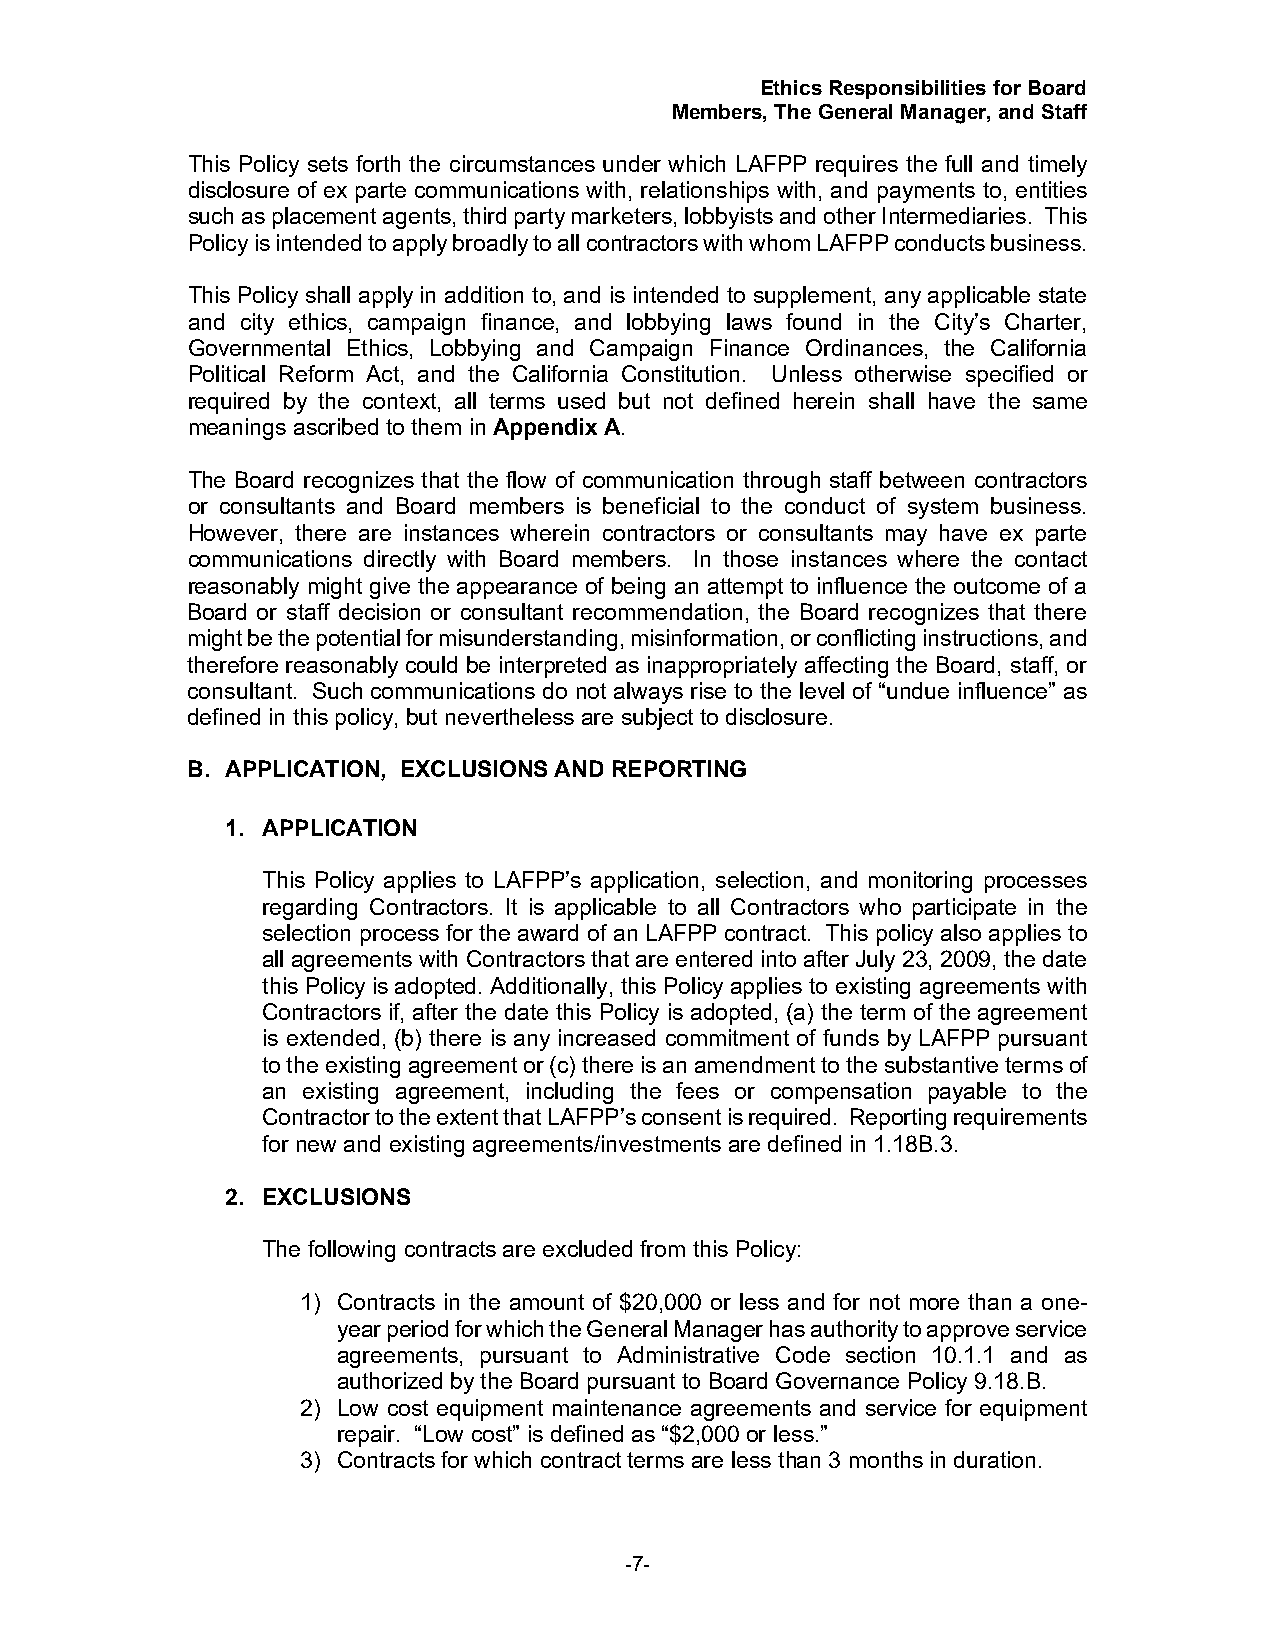
Ethics Responsibilities for Board
 Members, The General Manager, and Staff
 This Policy sets forth the circumstances under which LAFPP requires the full and timely
 disclosure of ex parte communications with, relationships with, and payments to, entities
 such as placement agents, third party marketers, lobbyists and other Intermediaries. This
 Policy is intended to apply broadly to all contractors with whom LAFPP conducts business.
 This Policy shall apply in addition to, and is intended to supplement, any applicable state
 and city ethics, campaign finance, and lobbying laws found in the City’s Charter,
 Governmental Ethics, Lobbying and Campaign Finance Ordinances, the California
 Political Reform Act, and the California Constitution. Unless otherwise specified or
 required by the context, all terms used but not defined herein shall have the same
 meanings ascribed to them in Appendix A.
 The Board recognizes that the flow of communication through staff between contractors
 or consultants and Board members is beneficial to the conduct of system business.
 However, there are instances wherein contractors or consultants may have ex parte
 communications directly with Board members. In those instances where the contact
 reasonably might give the appearance of being an attempt to influence the outcome of a
 Board or staff decision or consultant recommendation, the Board recognizes that there
 might be the potential for misunderstanding, misinformation, or conflicting instructions, and
 therefore reasonably could be interpreted as inappropriately affecting the Board, staff, or
 consultant. Such communications do not always rise to the level of “undue influence” as
 defined in this policy, but nevertheless are subject to disclosure.
 B. APPLICATION, EXCLUSIONS AND REPORTING
 1. APPLICATION
 This Policy applies to LAFPP’s application, selection, and monitoring processes
 regarding Contractors. It is applicable to all Contractors who participate in the
 selection process for the award of an LAFPP contract. This policy also applies to
 all agreements with Contractors that are entered into after July 23, 2009, the date
 this Policy is adopted. Additionally, this Policy applies to existing agreements with
 Contractors if, after the date this Policy is adopted, (a) the term of the agreement
 is extended, (b) there is any increased commitment of funds by LAFPP pursuant
 to the existing agreement or (c) there is an amendment to the substantive terms of
 an existing agreement, including the fees or compensation payable to the
 Contractor to the extent that LAFPP’s consent is required. Reporting requirements
 for new and existing agreements/investments are defined in 1.18B.3.
 2. EXCLUSIONS
 The following contracts are excluded from this Policy:
 1) Contracts in the amount of $20,000 or less and for not more than a one-
 year period for which the General Manager has authority to approve service
 agreements, pursuant to Administrative Code section 10.1.1 and as
 authorized by the Board pursuant to Board Governance Policy 9.18.B.
 2) Low cost equipment maintenance agreements and service for equipment
 repair. “Low cost” is defined as “$2,000 or less.”
 3) Contracts for which contract terms are less than 3 months in duration.
 -7-